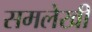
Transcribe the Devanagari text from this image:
समलेखी